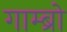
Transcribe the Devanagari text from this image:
गाम्ब्रो